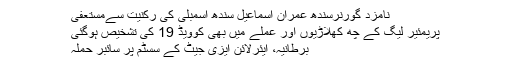
نامزد گورنرسندھ عمران اسماعیل سندھ اسمبلی کی رکنیت سےمستعفی
پریمئیر لیگ کے چھ کھلاڑیوں اور عملے میں بھی کوویڈ 19 کی تشخیص ہوگئی
برطانیہ، ایئرلائن ایزی جیٹ کے سسٹم پر سائبر حملہ